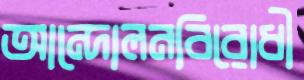
আন্দোলনবিরোধী